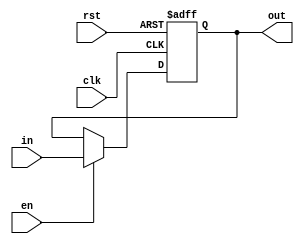
`timescale 1ns / 1ps
//////////////////////////////////////////////////////////////////////////////////
// Company: 
// Engineer: 
// 
// Design Name: 
// Module Name: REG
// Project Name: 
// Target Devices: 
// Tool Versions: 
// Description: 
// 
// Dependencies: 
// 
// Revision:
// Revision 0.01 - File Created
// Additional Comments:
// 
//////////////////////////////////////////////////////////////////////////////////


module REG(
    input [5:0] in,
    input en,
    input rst,
    input clk,
    output reg [5:0] out
    );
    always @(posedge clk or posedge rst)
        if(rst)
            out <= 6'b000000;
        else 
        begin
            if(en)
                out <= in;
        end     
endmodule